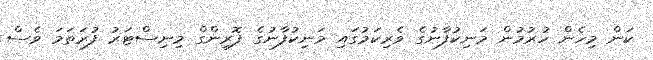
ކަން މިހެން ހުރުމުން މަނިކުފާނުގެ ވެރިކަމުގައި މަނިކުފާނުގެ ފޮރިންގް މިނިސްޓަރު ފުރަތަމަ ވެސް